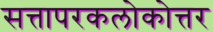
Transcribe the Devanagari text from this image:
सत्तापरकलोकोत्तर